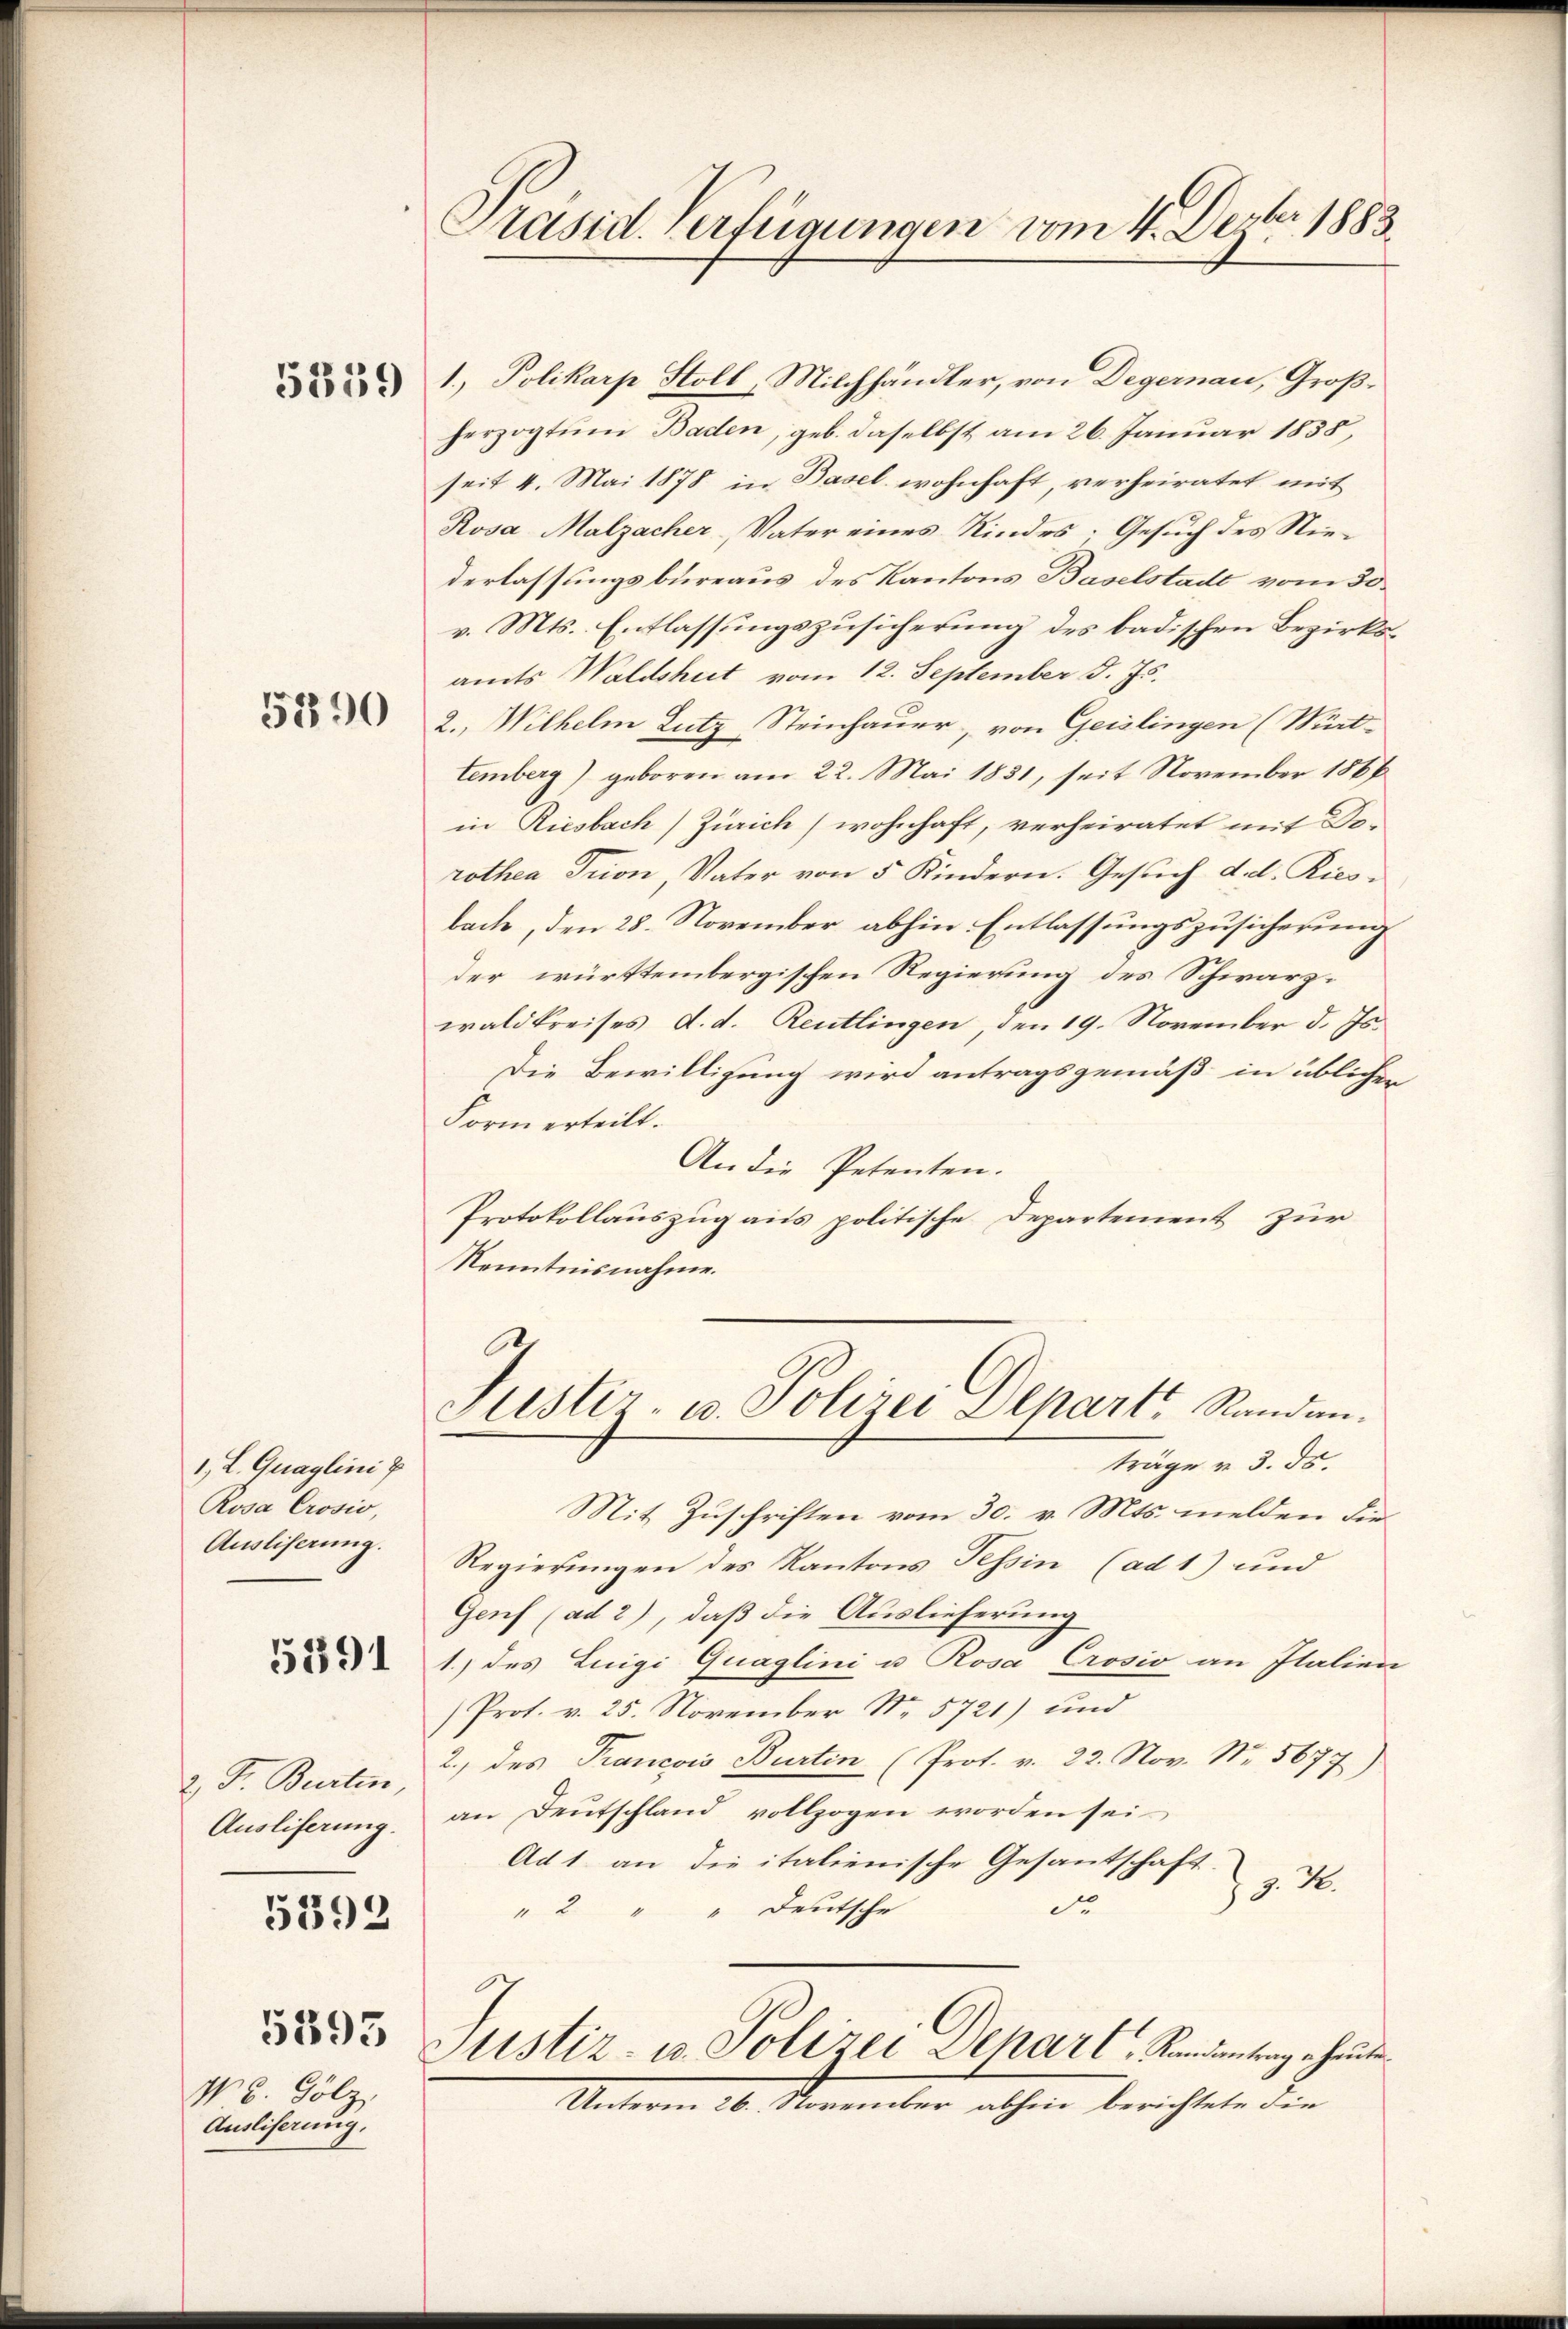
5359

5390

1, L. Quaglini P
Rosa Crosio
Ausliserung.
5391
2 Fr. Burten,
Ausliferung.

5392

5393

N. B. Golz,
Ausliserung.

Präsid. Verfügungen vom 4. Dezbr 1883.

1) Polikarp Stoll, Milchhändler, von Degernau, Großherzogtum Baden, geb. daselbst am 26. Januar 1855,
seit 4. Mai 1878 in Basel, wohnhaft, verheiratet mit
Rosa Malzacher Vater eines Kindes; Gesuch des Niederlassungsbureaus des Kantons Baselstadt vom 30.
v. Mts. Entlassungszusicherung des badischen Bezirksamts Waldshut vom 12. September d. Js.
2., Wilhelm Lutz Steinhauer, von Geislingen (Mut-
temberg) geboren am 22. Mai 1831, seit November 1866
in Riesbach) Zürich wohnhaft, verheiratet mit Do-
rothea Trion, Vater von 5 Kindern. Gesuch d. d. Riesbache, den 28. November abhin Entlassungszusicherung
der württembergischen Regierung des Schwarzwaldkreises d. d. Reutlingen, den 19. November d. Js.
Die Bewilligung wird antragsgemäß in üblicher
Form erteilt.
An die Petenten.
Protokollauszug aus politische Departement zur
Kenntnisnahme.
Justiz- u. Polizei Depart Randanträge u. 3. ds.
Mit Zuschriften vom 30. v. Mts. melden die¬
Regierungen des Kantons Tessin (ad 1) und
Genf (ad 2), daß die Auslieferung
1.) des Luigi Quaglini u Rosa Crosio an Italien
/Prot. v. 25. November Nr. 5721) und
2.) des Prancois Burtin (Prot. v. 22. Nov. Nr. 5677)
an Deutschland vollzogen worden sei.
Ad 1. an die italienische Gesantschaft.
§. 2.
dr
" 2 " " Deutsche
ustiz- u. Polizei Depart, Randantrag heute
Unterm 26. November abhin berichtete die